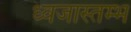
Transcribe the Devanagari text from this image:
ध्वजास्तम्भ